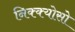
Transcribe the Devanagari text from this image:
निक्क्योसो